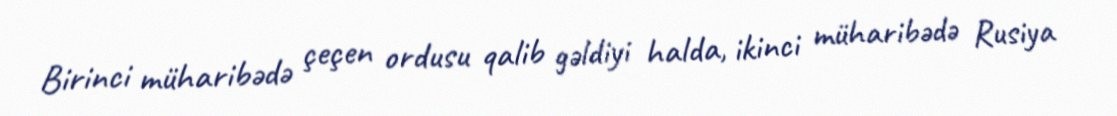
Birinci müharibədə çeçen ordusu qalib gəldiyi halda, ikinci müharibədə Rusiya